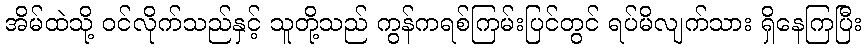
အိမ်ထဲသို့ ဝင်လိုက်သည်နှင့် သူတို့သည် ကွန်ကရစ်ကြမ်းပြင်တွင် ရပ်မိလျက်သား ရှိနေကြပြီး